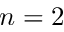
n = 2 \; \;